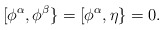
\begin{align*}[\phi^\alpha ,\phi^\beta \}=[\phi^\alpha ,\eta\}=0.\end{align*}